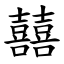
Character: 囍